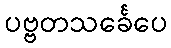
ပဗ္ဗတသင်္ခေပေ